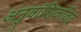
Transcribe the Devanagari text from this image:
अनुवांशिकविद